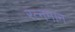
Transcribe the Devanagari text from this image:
रत्नमान